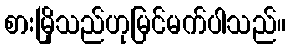
စားမြိုသည်ဟုမြင်မက်ပါသည်။